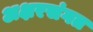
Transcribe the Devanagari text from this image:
अक्षरसंगत